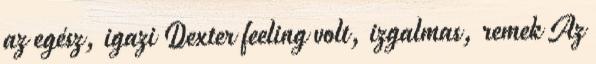
az egész, igazi Dexter feeling volt, izgalmas, remek Az